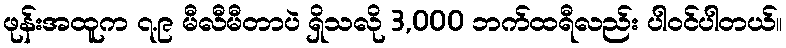
ဖုန်းအထူက ၇.၉ မီလီမီတာပဲ ရှိသလို 3,000 ဘက်ထရီလည်း ပါဝင်ပါတယ်။